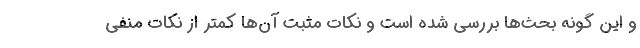
و این گونه بحث‌ها بررسی شده است و نکات مثبت آن‌ها کمتر از نکات منفی